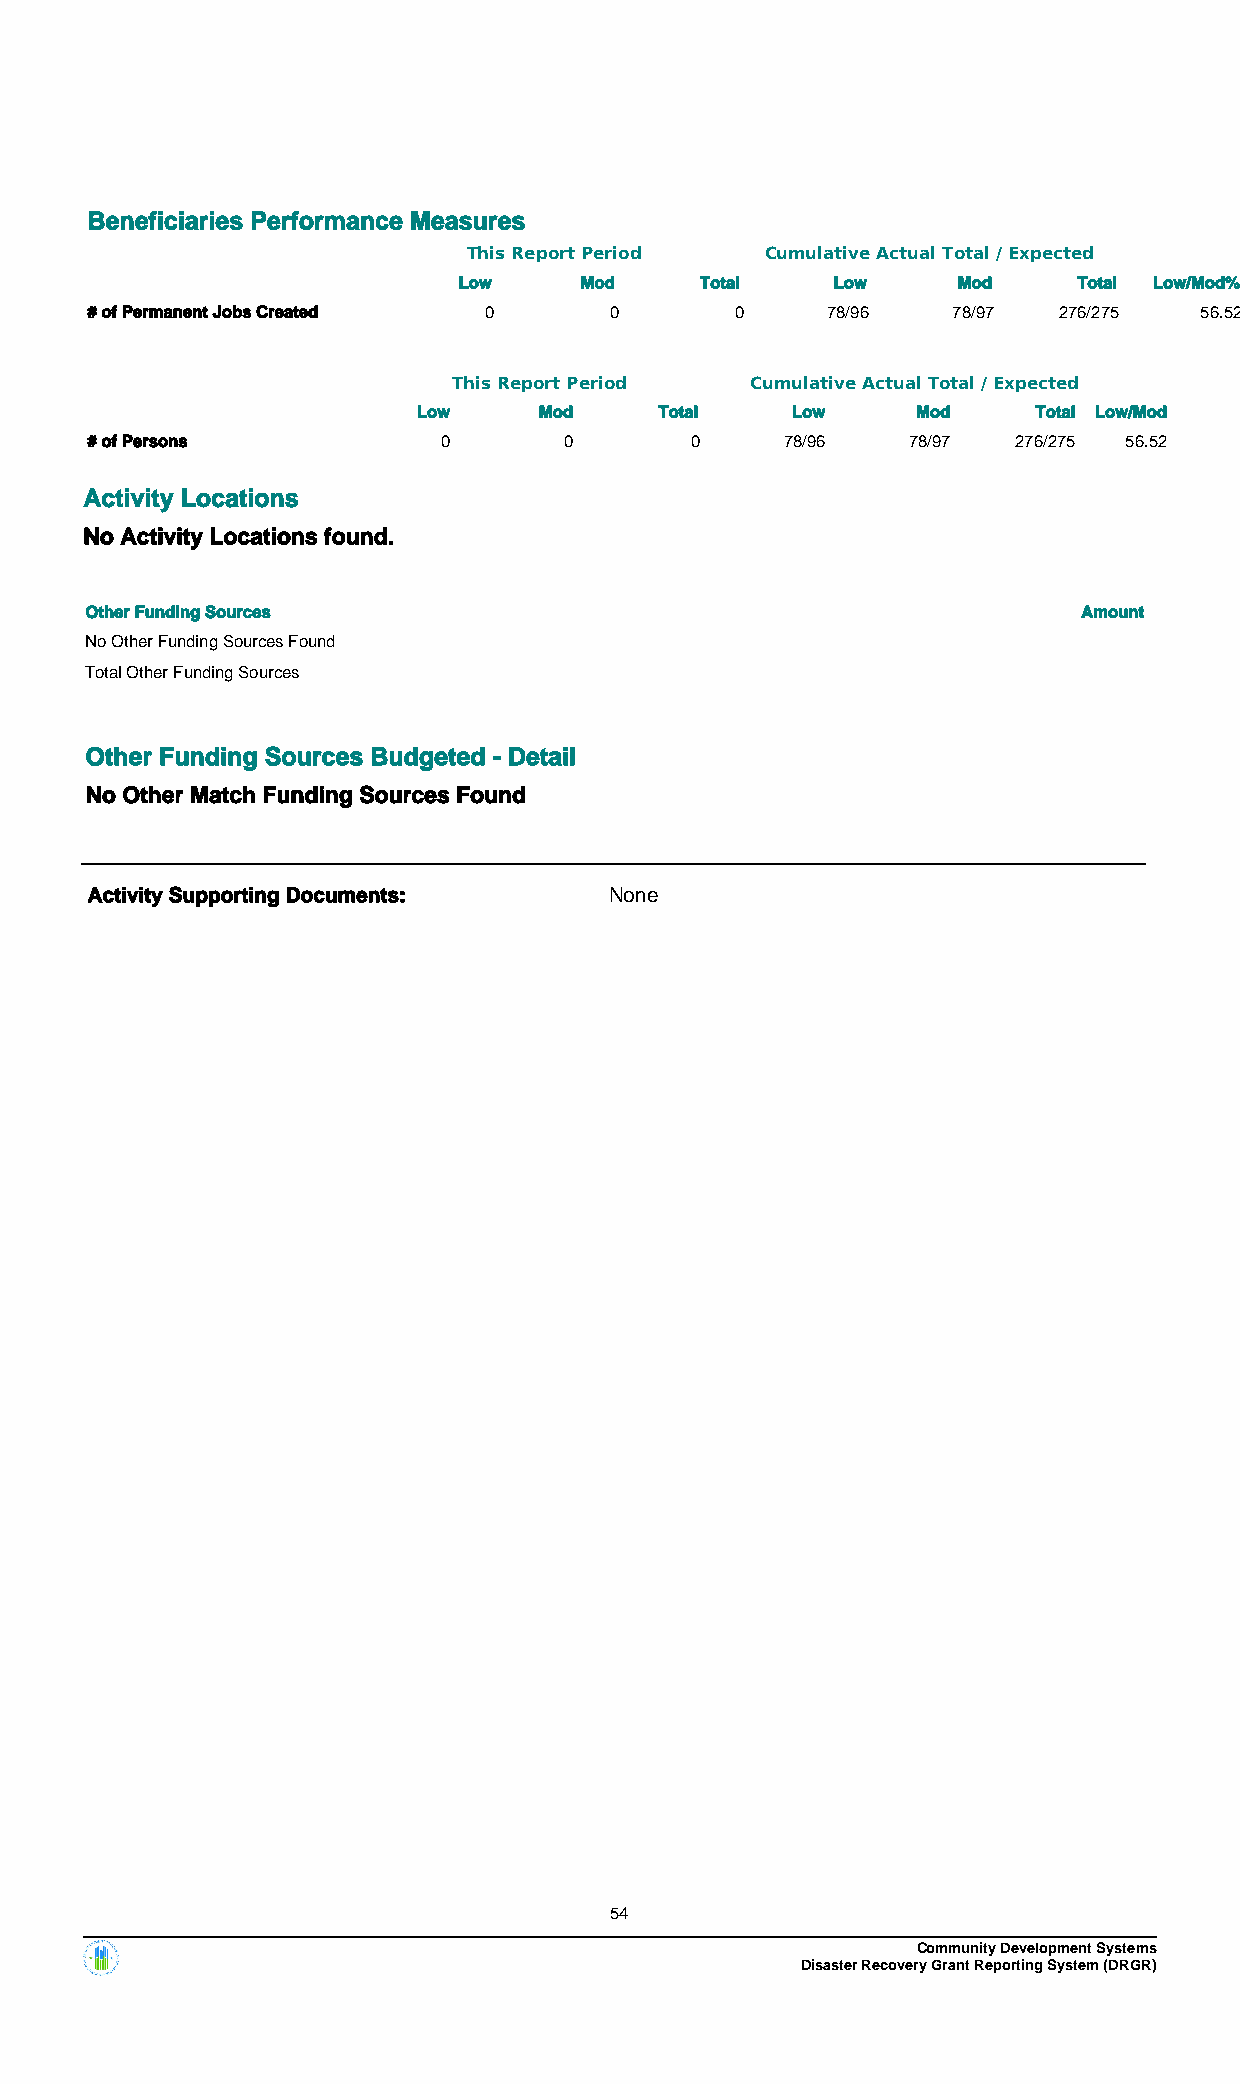
Beneficiaries Performance Measures
 This Report Period  Cumulative Actual Total / Expected
 Low     Mod     Total    Low     Mod     Total Low/Mod%
 # of Permanent Jobs Created 0     0        0     78/96   78/97  276/275  56.52
 This Report Period  Cumulative Actual Total / Expected
 Low     Mod     Total   Low      Mod     Total Low/Mod
 # of Persons           0       0        0     78/96   78/97  276/275 56.52
 Activity Locations
 No Activity Locations found.
 Other Funding Sources                                             Amount
 No Other Funding Sources Found
 Total Other Funding Sources
 Other Funding Sources Budgeted - Detail
 No Other Match Funding Sources Found
 Activity Supporting Documents:    None
 54
 Community Development Systems
 Disaster Recovery Grant Reporting System (DRGR)